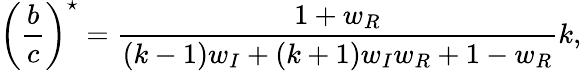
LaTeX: \left(\frac{b}{c}\right)^{\star}=\frac{1+w_{R}}{(k-1)w_{I}+(k+1)w_{I}w_{R}+1-w_{R}}k,